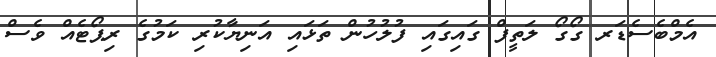
އެމްބެސެޑަރ ގޯގޯ ލަތީފް ގައިގައި ފުލުހުން ތަޅައި އަނިޔާކުރި ކަމުގެ ރިޕޯޓެއް ވެސް